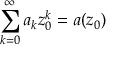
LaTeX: \sum _ { k = 0 } ^ { \infty } a _ { k } z _ { 0 } ^ { k } = a ( z _ { 0 } )